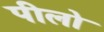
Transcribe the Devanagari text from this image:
पीलो